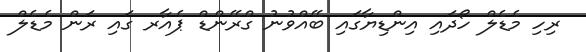
ރިހި މެޑެލް ހޯދައި އިންޑިޔާގައި ބޭއްވުނު ގްރޭންޑް ޕެއާރ ގައި ރަން މެޑެލް